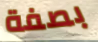
بصفة